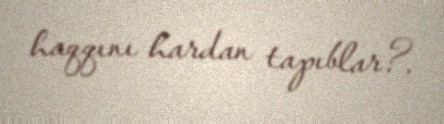
haqqını hardan tapıblar?.